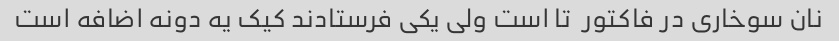
نان سوخاری در فاکتور  تا است ولی یکی فرستادند کیک یه دونه اضافه است